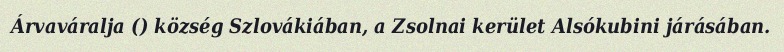
Árvaváralja () község Szlovákiában, a Zsolnai kerület Alsókubini járásában.